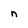
Character: n